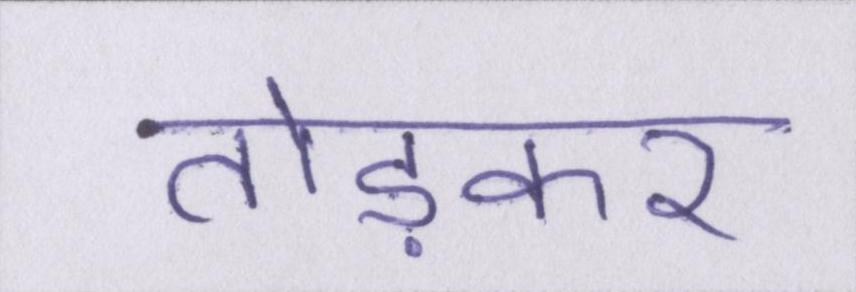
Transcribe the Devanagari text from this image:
तोड़कर